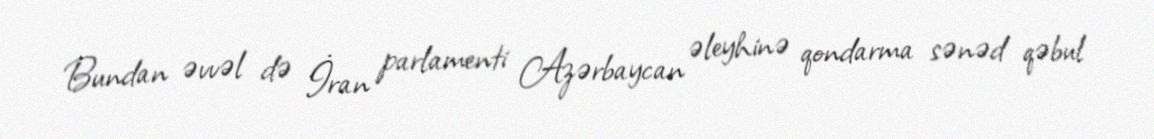
Bundan əvvəl də İran parlamenti Azərbaycan əleyhinə qondarma sənəd qəbul